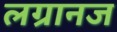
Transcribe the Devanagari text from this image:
लग्रानज